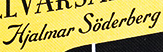
Hjalmar Soderberg